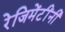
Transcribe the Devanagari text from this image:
रेजिमेंटींनी